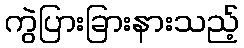
ကွဲပြားခြားနားသည့်